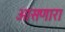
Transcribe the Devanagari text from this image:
आसणारा